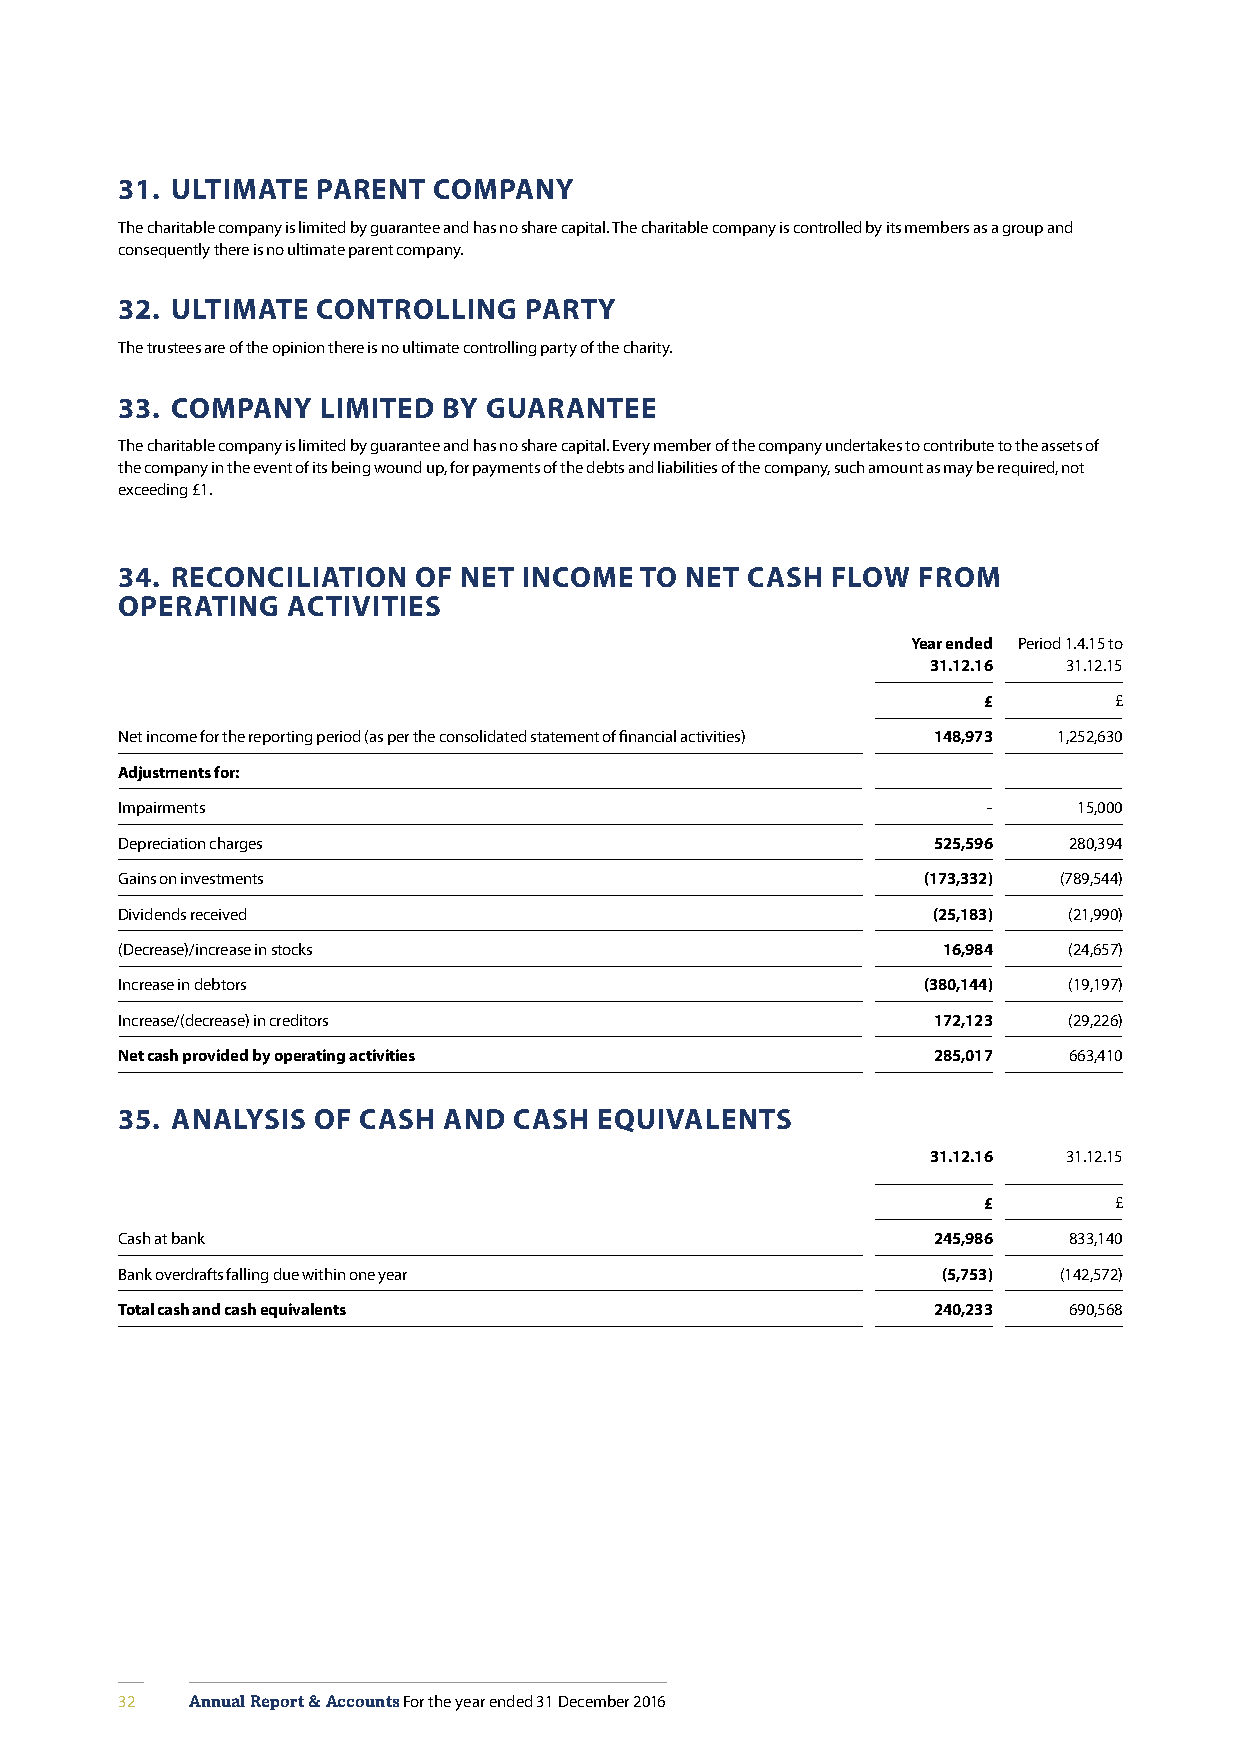
31. ULTIMATE PARENT  COMPANY
 The charitable company is limited by guarantee and has no share capital. The charitable company is controlled by its members as a group and
 consequently there is no ultimate parent company.
 32. ULTIMATE CONTROLLING   PARTY
 The trustees are of the opinion there is no ultimate controlling party of the charity.
 33. COMPANY  LIMITED BY GUARANTEE
 The charitable company is limited by guarantee and has no share capital. Every member of the company undertakes to contribute to the assets of
 the company in the event of its being wound up, for payments of the debts and liabilities of the company, such amount as may be required, not
 exceeding £1.
 34. RECONCILIATION  OF NET INCOME TO NET CASH  FLOW  FROM
 OPERATING  ACTIVITIES
 Year ended Period 1.4.15 to
 31.12.16 31.12.15
 £        £
 Net income for the reporting period (as per the consolidated statement of financial activities) 148,973 1,252,630
 Adjustments for:
 Impairments                                              -     15,000
 Depreciation charges                                  525,596  280,394
 Gains on investments                                 (173,332) (789,544)
 Dividends received                                    (25,183) (21,990)
 (Decrease)/increase in stocks                         16,984   (24,657)
 Increase in debtors                                  (380,144) (19,197)
 Increase/(decrease) in creditors                      172,123  (29,226)
 Net cash provided by operating activities             285,017  663,410
 35. ANALYSIS OF CASH AND  CASH EQUIVALENTS
 31.12.16 31.12.15
 £        £
 Cash at bank                                          245,986  833,140
 Bank overdrafts falling due within one year           (5,753) (142,572)
 Total cash and cash equivalents                       240,233  690,568
 32   Annual Report & Accounts For the year ended 31 December 2016